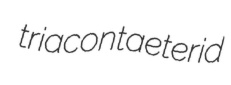
triacontaeterid